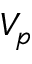
V _ { p }